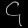
Digit: ၄